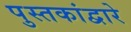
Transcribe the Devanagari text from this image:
पुस्तकांद्वारे